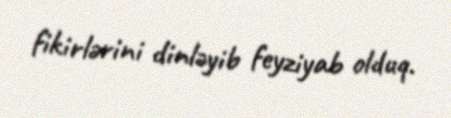
fikirlərini dinləyib feyziyab olduq.